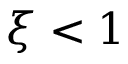
\xi < 1